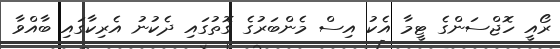
ރޯއީ ހޮޖްސަންގެ ޓީމާ އެކު އިސް މެންބަރުގެ ގޮތުގައި ދެކުނު އެރިކާގައި ބާއްވާ